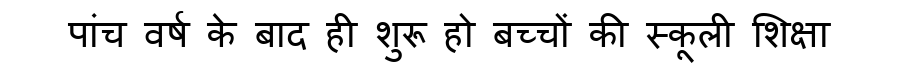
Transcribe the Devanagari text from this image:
पांच वर्ष के बाद ही शुरू हो बच्चों की स्कूली शिक्षा